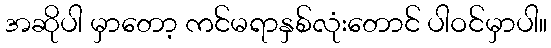
အဆိုပါ မှာတော့ ကင်မရာနှစ်လုံးတောင် ပါဝင်မှာပါ။